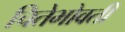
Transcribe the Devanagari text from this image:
चितेभोवती